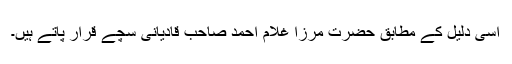
اسی دلیل کے مطابق حضرت مرزا غلام احمد صاحب قادیانی سچے قرار پاتے ہیں۔